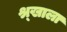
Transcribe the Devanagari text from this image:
श्र्‌खाला